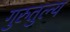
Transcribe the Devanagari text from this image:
गुरुतुल्य